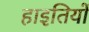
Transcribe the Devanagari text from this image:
हाइतियों